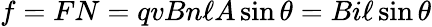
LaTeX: f=FN=qvBn\ell A\sin\theta=Bi\ell\sin\theta